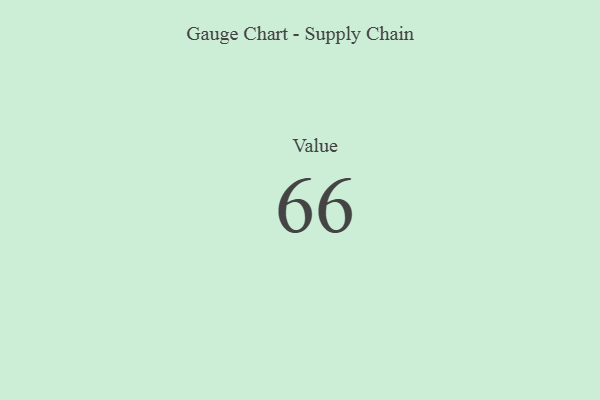
{"axis": {"x": "Metric", "y": "Value"}, "legend": [""], "data": [{"x": "Value", "y": 66, "type": ""}]}